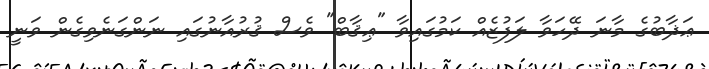
ޢަޛާބުގެ މާނަ ދޭހަވާ ލަފުޒެއް ކަމުގައިވާ "ޢިޤާބް" ވެސް ޤުރުއާނުގައި ނަންގަނެވިގެން ވަނީ